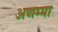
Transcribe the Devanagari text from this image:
अणम्मा